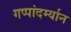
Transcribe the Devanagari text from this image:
गप्पांदर्म्यान